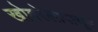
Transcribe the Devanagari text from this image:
खोबरेलापासून